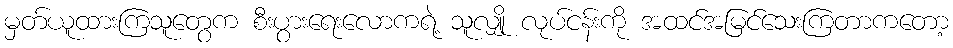
မှတ်ယူထားကြသူတွေက စီးပွားရေးလောကရဲ့ သူလျှို လုပ်ငန်းကို အထင်အမြင်သေးကြတာကတော့